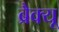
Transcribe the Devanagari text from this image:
ब्रैक्यू